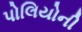
પોલિયોની